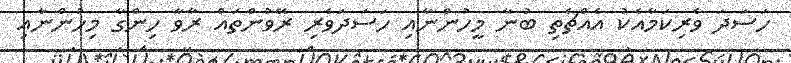
ހަސަދަ ވެރިކަމާއެކު އެއްޗެތި ބުނާ މީހުންނާއި ހަސަދަވެރި ރޭވުންތައް ރާވާ ހިންގާ މިހުންނާއި